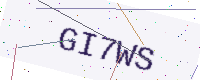
Text: GI7WS